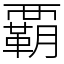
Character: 覇